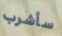
سأشرب